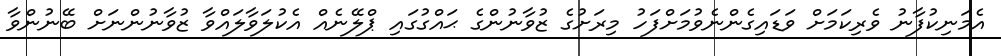
އެމަނިކުފާނު ވެރިކަމަށް ވަޑައިގެންނެވުމަށްފަހު މިރަށުގެ ޒުވާނުންގެ ޙައްގުގައި ޕްލޭނެއް އެކުލަވާލައްވާ ޒުވާނުންނަށް ބޭނުންވާ